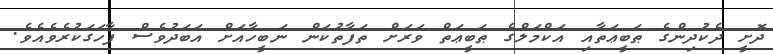
ދޮށީ ދެކުދިންގެ ޠަބީޢަތާއި އަކްމަލްގެ ޠަބީޢަތް ވަރަށް ތަފާތުކަން ނަބީހާއަށް އަބަދުވެސް ފާހަގަކުރެވެއެވެ.